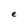
Character: e